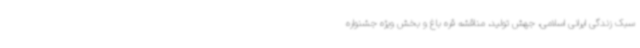
سبک زندگی ایرانی اسلامی، جهش تولید، مناقشه قره باغ و بخش ویژه جشنواره